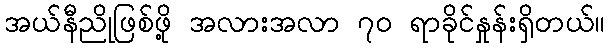
အယ်နီညိုဖြစ်ဖို့ အလားအလာ ၇ဝ ရာခိုင်နှုန်းရှိတယ်။